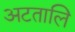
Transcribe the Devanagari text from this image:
अटतालि